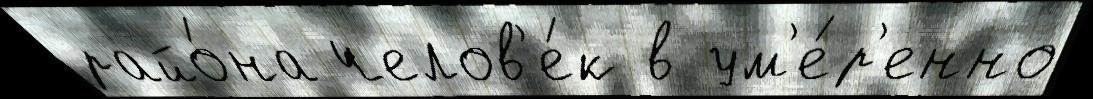
райо́на челов'е́к в ум'е́р'енно